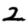
Digit: 2